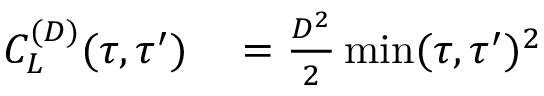
\begin{array} { r l } { C _ { L } ^ { ( D ) } ( \tau , \tau ^ { \prime } ) } & { { } = \frac { D ^ { 2 } } { 2 } \operatorname* { m i n } ( \tau , \tau ^ { \prime } ) ^ { 2 } } \end{array}